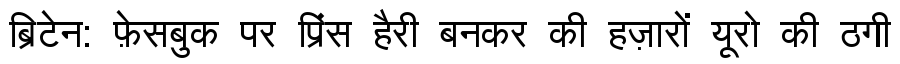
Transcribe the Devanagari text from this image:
ब्रिटेन: फ़ेसबुक पर प्रिंस हैरी बनकर की हज़ारों यूरो की ठगी